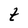
Character: t